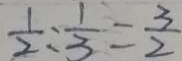
\frac { 1 } { 2 } : \frac { 1 } { 3 } = \frac { 3 } { 2 }